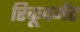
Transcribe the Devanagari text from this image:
रिकूपमेंट